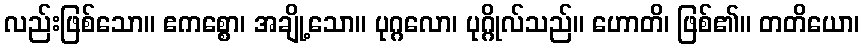
လည်းဖြစ်သော။ ဧကစ္စော၊ အချို့သော။ ပုဂ္ဂလော၊ ပုဂ္ဂိုလ်သည်။ ဟောတိ၊ ဖြစ်၏။ တတိယော၊